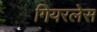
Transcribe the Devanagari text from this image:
गियरलेस